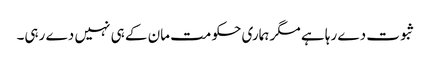
ثبوت دے رہا ہے مگر ہماری حکومت مان کے ہی نہیں دے رہی۔